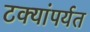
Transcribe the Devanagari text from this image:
टक्यांपर्यत